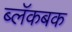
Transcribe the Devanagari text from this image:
ब्लॅकबक